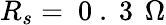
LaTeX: R_{s}=\mathrm{~0~.~3~}\, \Omega